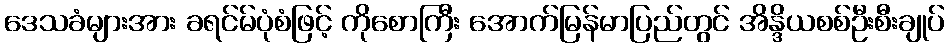
ဒေသခံများအား ခရင်မ်ပုံစံဖြင့် ကိုစောကြီး အောက်မြန်မာပြည်တွင် အိန္ဒိယစစ်ဦးစီးချုပ်